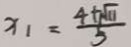
x _ { 1 } = \frac { 4 + \sqrt { 1 1 } } { 5 }